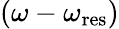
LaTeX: \left(\omega-\omega_{\mathrm{res}}\right)